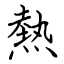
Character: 熱